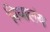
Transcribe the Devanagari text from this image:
निघालंंय